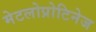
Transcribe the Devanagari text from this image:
मेटलोप्रोटिनेज